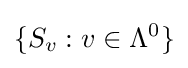
\{S_{v}:v\in \Lambda ^{0}\}